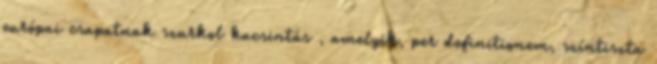
európai csapatnak szurkol kacsintás , amelyik, per definitionem, színtiszta